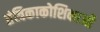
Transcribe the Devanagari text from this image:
तंत्रिकाकोशिकाओं